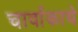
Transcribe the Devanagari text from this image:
चार्वाकाचे